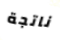
ناتجة